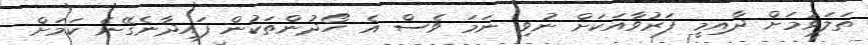
ތަލަވުމަށް ދާއިމީ ފަރުވާއަކަށް ނުވި ނަމަ ވެސް އެ ހޯދުންތަކުން ފައިދާނެގޭނެ ކަމަށް